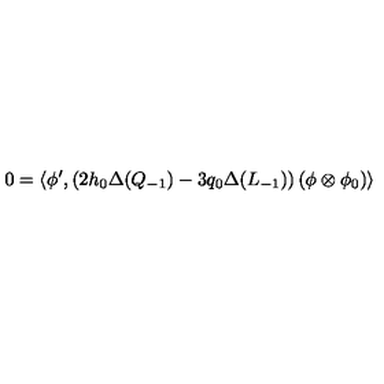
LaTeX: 0 = \left\langle \phi ^ { \prime } , \left( 2 h _ { 0 } \Delta ( Q _ { - 1 } ) - 3 q _ { 0 } \Delta ( L _ { - 1 } ) \right) \left( \phi \otimes \phi _ { 0 } \right) \right\rangle